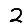
Digit: 2